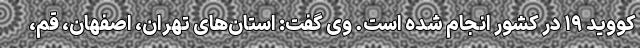
کووید ۱۹ در کشور انجام شده است. وی گفت: استان‌های تهران، اصفهان، قم،